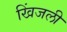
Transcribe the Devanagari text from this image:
खिंजली